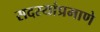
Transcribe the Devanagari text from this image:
सदस्यांप्रमाणे